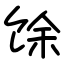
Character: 馀